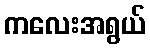
ကလေးအရွယ်